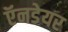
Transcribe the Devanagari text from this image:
ऍनडेयर